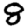
Digit: 8